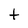
Character: t